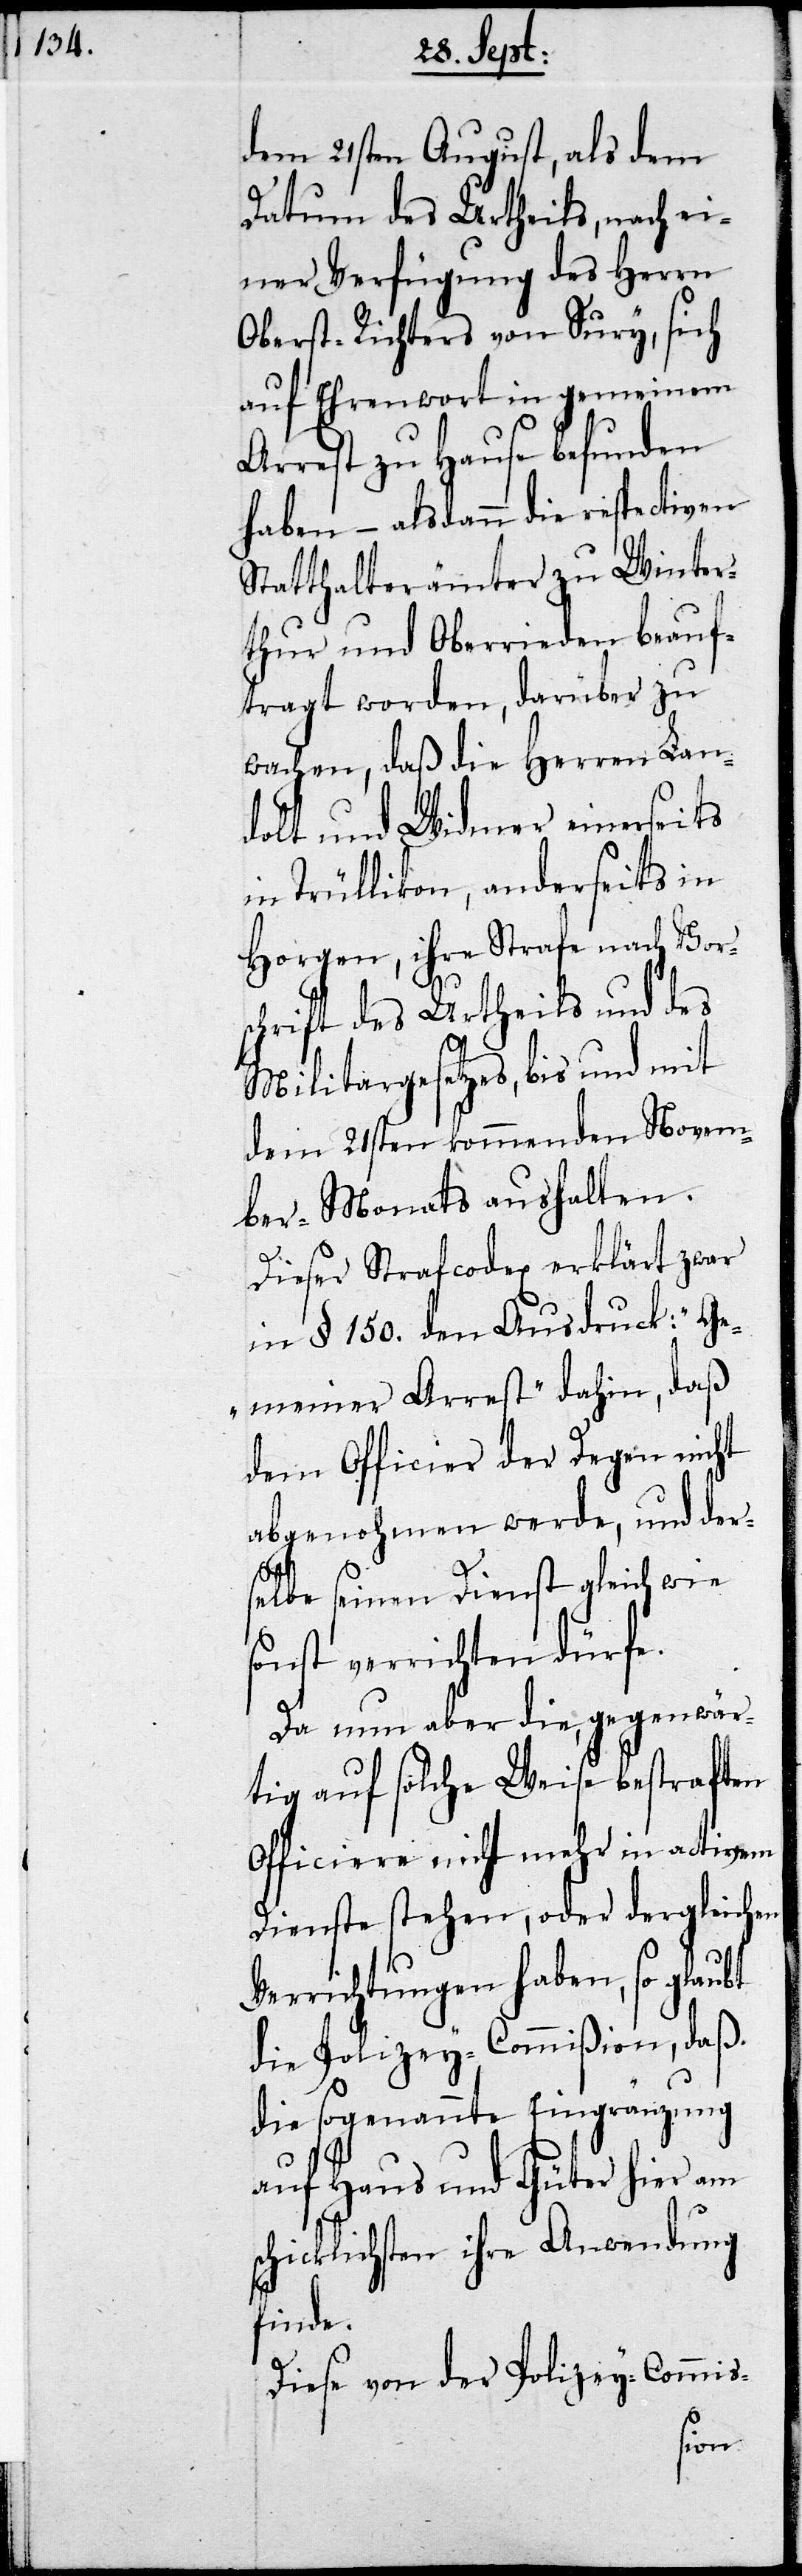
dem 21sten August, als dem
Datum des Urtheils, nach ei¬
ner Verfügung des Herrn
Oberst-Richters von Sury, sich
auf Ehrenwort in gemeinem
Arrest zu Hause befunden
haben – alsdann die respectiven
Statthalterämter zu Winter¬
thur und Oberrieden beauf¬
tragt worden, darüber zu
wachen, daß die Herren Lan¬
dolt und Widmer einerseits
in Trüllikon, anderseits in
Horgen, ihre Strafe nach Vors¬
chrift des Urtheils und des
Militargesetzes, bis und mit
dem 21sten kommenden Novem¬
ber-Monats aushalten.
Dieser Strafcodex erklärt zwar
in §. 150. den Ausdruck: „Ge¬
meiner Arrest“ dahin, daß
dem Officier der Degen nicht
abgenohmen werde, und der¬
selbe seinen Dienst gleich wie
sonst verrichten dürfe.
Da nun aber die, gegenwär¬
tig auf solche Weise bestraften
Officiere nicht mehr in activem
Dienste stehen, oder dergleichen
Verrichtungen haben, so glaubt
die Polizey-Commißion, daß
die sogenannte Eingränzung
auf Haus und Güter hier am
schicklichsten ihre Anwendung
finde.
Diese von der Polizey-Commis